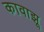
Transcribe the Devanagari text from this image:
कावाझू